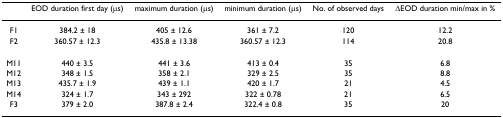
<table><thead><tr><td></td><td><b>EOD duration first day (μs)</b></td><td><b>maximum duration (μs)</b></td><td><b>minimum duration (μs)</b></td><td><b>No. of observed days</b></td><td><b>ΔEOD duration min/max in %</b></td></tr></thead><tbody><tr><td>F1</td><td>384.2 ± 18</td><td>405 ± 12.6</td><td>361 ± 7.2</td><td>120</td><td>12.2</td></tr><tr><td>F2</td><td>360.57 ± 12.3</td><td>435.8 ± 13.38</td><td>360.57 ± 12.3</td><td>114</td><td>20.8</td></tr><tr><td>M11</td><td>440 ± 3.5</td><td>441 ± 3.6</td><td>413 ± 0.4</td><td>35</td><td>6.8</td></tr><tr><td>M12</td><td>348 ± 1.5</td><td>358 ± 2.1</td><td>329 ± 2.5</td><td>35</td><td>8.8</td></tr><tr><td>M13</td><td>435.7 ± 1.9</td><td>439 ± 1.1</td><td>420 ± 1.7</td><td>21</td><td>4.5</td></tr><tr><td>M14</td><td>324 ± 1.7</td><td>343 ± 292</td><td>322 ± 0.78</td><td>21</td><td>6.5</td></tr><tr><td>F3</td><td>379 ± 2.0</td><td>387.8 ± 2.4</td><td>322.4 ± 0.8</td><td>35</td><td>20</td></tr></tbody></table>